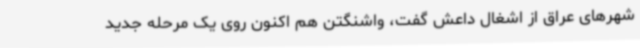
شهرهای عراق از اشغال داعش گفت، واشنگتن هم اکنون روی یک مرحله جدید